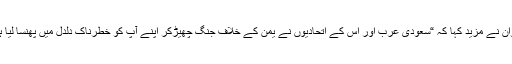
عطوان نے مزید کہا کہ “سعودی عرب اور اس کے اتحادیوں نے یمن کے خلاف جنگ چھیڑکر اپنے آپ کو خطرناک دلدل میں پھنسا لیا ہے”۔